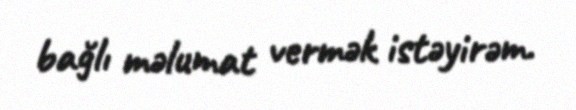
bağlı məlumat vermək istəyirəm.